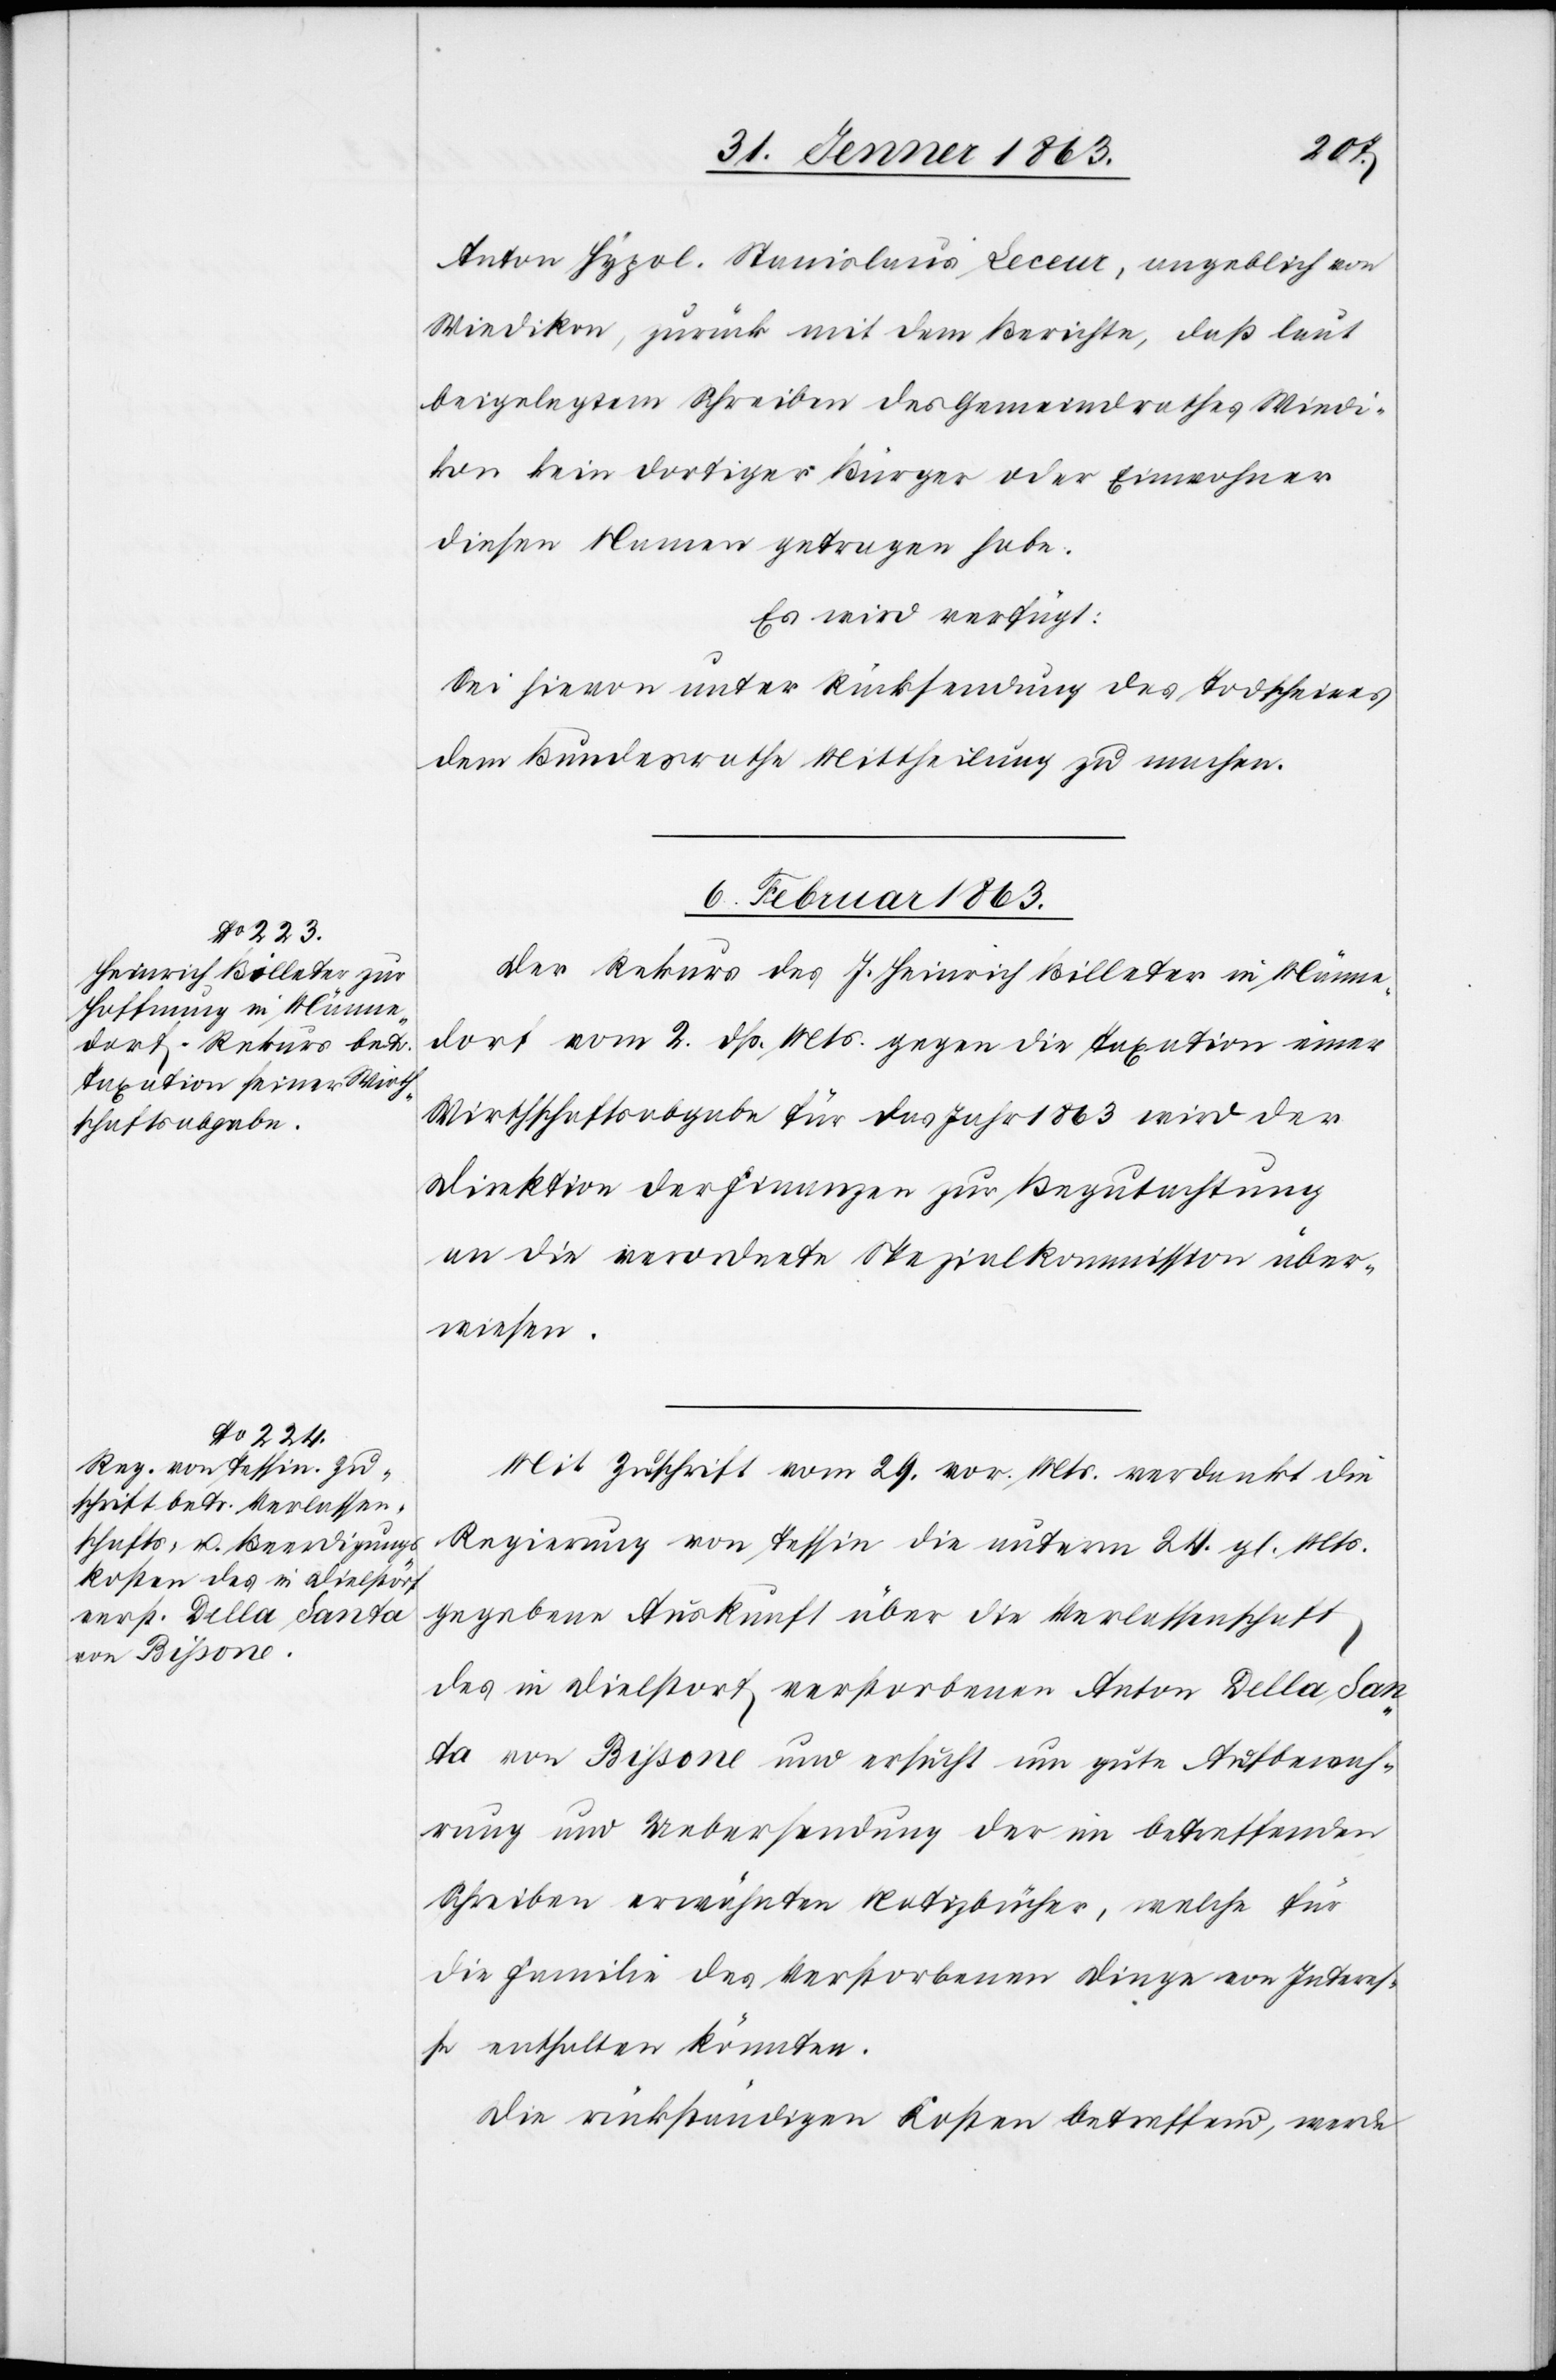
Anton Hypol. Stanislaus Leceux [sic!], angeblich von
Wiedikon, zurück mit dem Berichte, daß laut
beigelegtem Schreiben des Gemeindrathes Wiedi¬
kon kein dortiger Bürger oder Einwohner
diesen Namen getragen habe.
Es wird verfügt:
Sei hievon unter Rücksendung des Todscheines
dem Bundesrathe Mittheilung zu machen.
6. Februar 1863.]
Der Rekurs des J. Heinrich Billeter in Männe¬
dorf vom 2. dß. Mts. gegen die Taxation einer
Wirthschaftsabgabe für das Jahr 1863 wird der
Direktion der Finanzen zur Begutachtung
an die verordnete Spezialkommission über¬
wiesen.
Mit Zuschrift vom 29. vor. Mts. verdankt die
Regierung von Tessin die unterm 24. gl. Mts.
gegebene Auskunft über die Verlassenschaft
des in Dielstorf verstorbenen Anton Della San¬
ta von Bißone und ersucht um gute Aufbewah¬
rung und Uebersendung der in betreffenden
Schreiben erwähnten Notizbücher, welche für
die Familie des Verstorbenen Dinge von Interes¬
se enthalten könnten.
Die rückständigen Kosten betreffend, werde